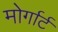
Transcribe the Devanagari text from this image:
मोर्गार्ट